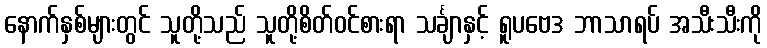
နောက်နှစ်များတွင် သူတို့သည် သူတို့စိတ်ဝင်စားရာ သင်္ချာနှင့် ရူပဗေဒ ဘာသာရပ် အသီးသီးကို